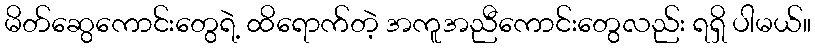
မိတ်ဆွေကောင်းတွေရဲ့ ထိရောက်တဲ့ အကူအညီကောင်းတွေလည်း ရရှိ ပါမယ်။